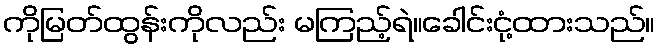
ကိုမြတ်ထွန်းကိုလည်း မကြည့်ရဲ။ခေါင်းငုံ့ထားသည်။